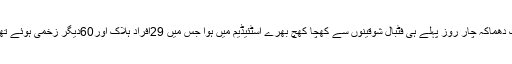
ایک دھماکہ چار روز پہلے ہی فٹبال شوقینوں سے کھچا کھچ بھرے اسٹئیڈیم میں ہوا جس میں 29افراد ہلاک اور60دیگر زخمی ہوئے تھے۔